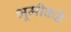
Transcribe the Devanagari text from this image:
भूमीकडे